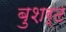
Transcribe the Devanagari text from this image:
बुशर्ट